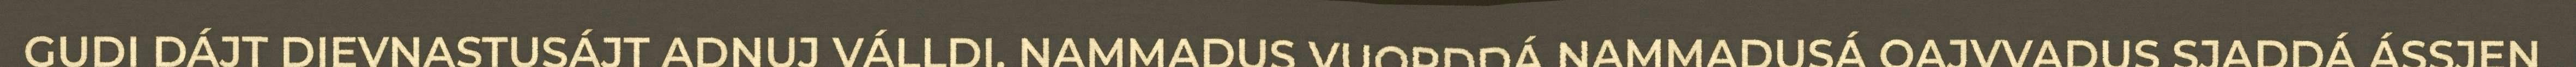
GUDI DÁJT DIEVNASTUSÁJT ADNUJ VÁLLDI. NAMMADUS VUORDDÁ NAMMADUSÁ OAJVVADUS SJADDÁ ÁSSJEN